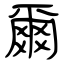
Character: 爾